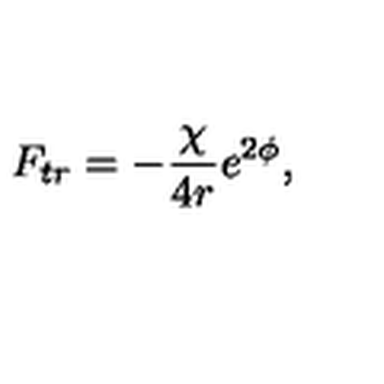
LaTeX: F _ { t r } = - \frac { \chi } { 4 r } e ^ { 2 \phi } ,